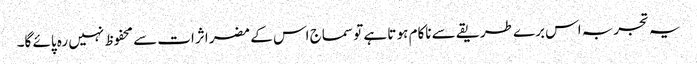
یہ تجربہ اس برے طریقے سے ناکام ہو تا ہے تو سماج اس کے مضر اثرات سے محفوظ نہیں رہ پائے گا۔